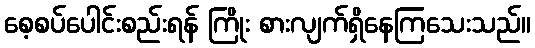
စေ့စပ်ပေါင်းစည်းရန် ကြိုး စားလျက်ရှိနေကြသေးသည်။